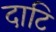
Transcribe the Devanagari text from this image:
दाटि